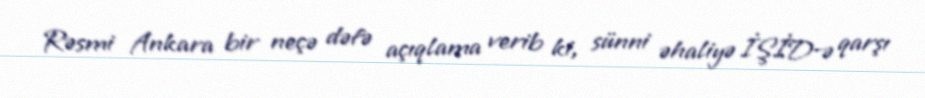
Rəsmi Ankara bir neçə dəfə açıqlama verib ki, sünni əhaliyə İŞİD-ə qarşı